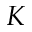
K